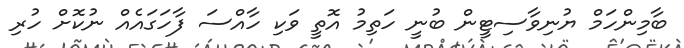
ބާމިންހަމް ޔުނިވާސިޓީން ބުނީ ހަތިމު އޮތީ ވަކި ހާއްސަ ފާހަގައެއް ނުކޮށް ހުރި